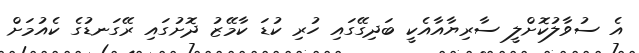
އެ ސުވާލުކޮށްލީ ސާރިޔާއާއެކީ ބަދިގޭގައި ހުރި ކުޑަ ކާމޭޒު ދޮށުގައި ރޭގަނޑުގެ ކެއުމަށް